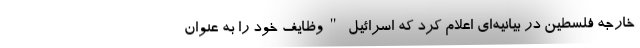
خارجه فلسطین در بیانیه‌ای اعلام کرد که اسرائیل "وظایف خود را به عنوان